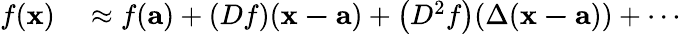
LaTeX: \begin{array}{rl}{f(\mathbf{x})}&{{}\approx f(\mathbf{a})+(Df)(\mathbf{x-a})+\left(D^{2}f\right)(\Delta(\mathbf{x-a}))+\cdots}\end{array}